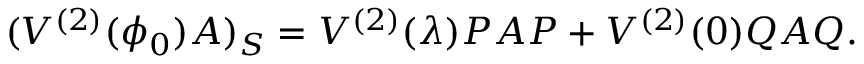
( V ^ { ( 2 ) } ( \phi _ { 0 } ) A ) _ { S } = V ^ { ( 2 ) } ( \lambda ) P A P + V ^ { ( 2 ) } ( 0 ) Q A Q .